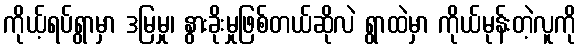
ကိုယ့်ရပ်ရွာမှာ ဒမြမှု၊ နွားခိုးမှုဖြစ်တယ်ဆိုလဲ ရွာထဲမှာ ကိုယ်မုန်းတဲ့လူကို